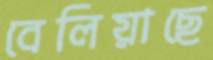
বেলিয়াছে